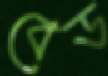
বেড